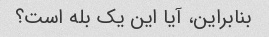
بنابراین، آیا این یک بله است؟